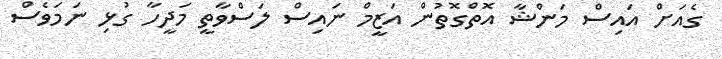
ގެއަށް އައިސް މަންޝާ އޮތްގޮތުން އަޒީމް ނައިސް ލަސްވާތީ މަދީހާ ގުޅި ނަމަވެސް